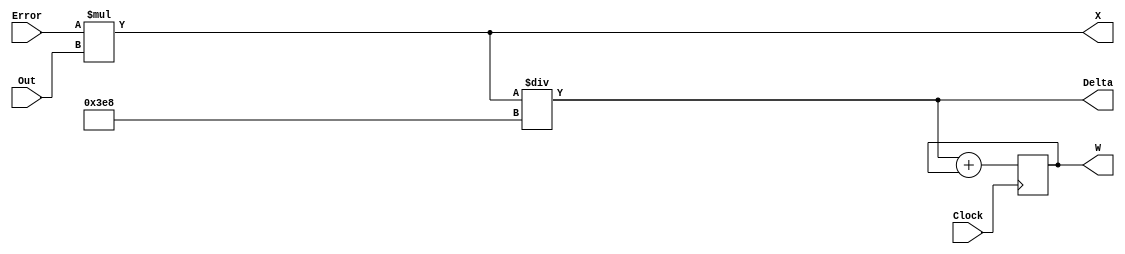
module Delta_calculator(Error,Out,Delta,X,W,Clock);
input Clock;

input signed [31:0] Error ;
input signed [31:0] Out;

output signed [31:0] Delta;
output reg  signed  [31:0]W; 


output signed [31:0] X;
wire signed [31:0] Y;

assign X= Error*Out;
assign Delta = X/1000;
always @ (negedge Clock)
	W=Delta+W;

endmodule